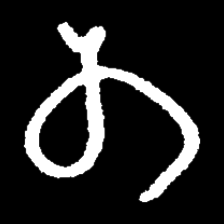
Pyu character \u2014 Myanmar letter: တ (romanized: ta)